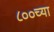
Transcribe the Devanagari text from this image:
८००च्या